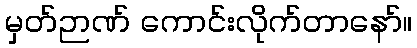
မှတ်ဉာဏ် ကောင်းလိုက်တာနော်။